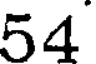
54